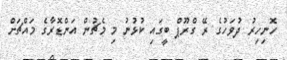
ހޮނިހިރު ދުވަހުގެ ރޭ ގްރޫޕް ބީގައި ކުޅުނު މި މެޗުން އަންޑޮރާގެ މައްޗަށް